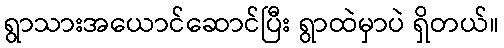
ရွာသားအယောင်ဆောင်ပြီး ရွာထဲမှာပဲ ရှိတယ်။